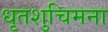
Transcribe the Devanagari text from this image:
धृतशुचिमना